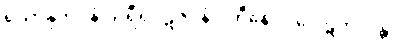
ရသာနုဘဝနံ သရီရပ္ပဋိဇဂ္ဂနံ ပဟီနောဝ ပေါဋကိလန္တိ